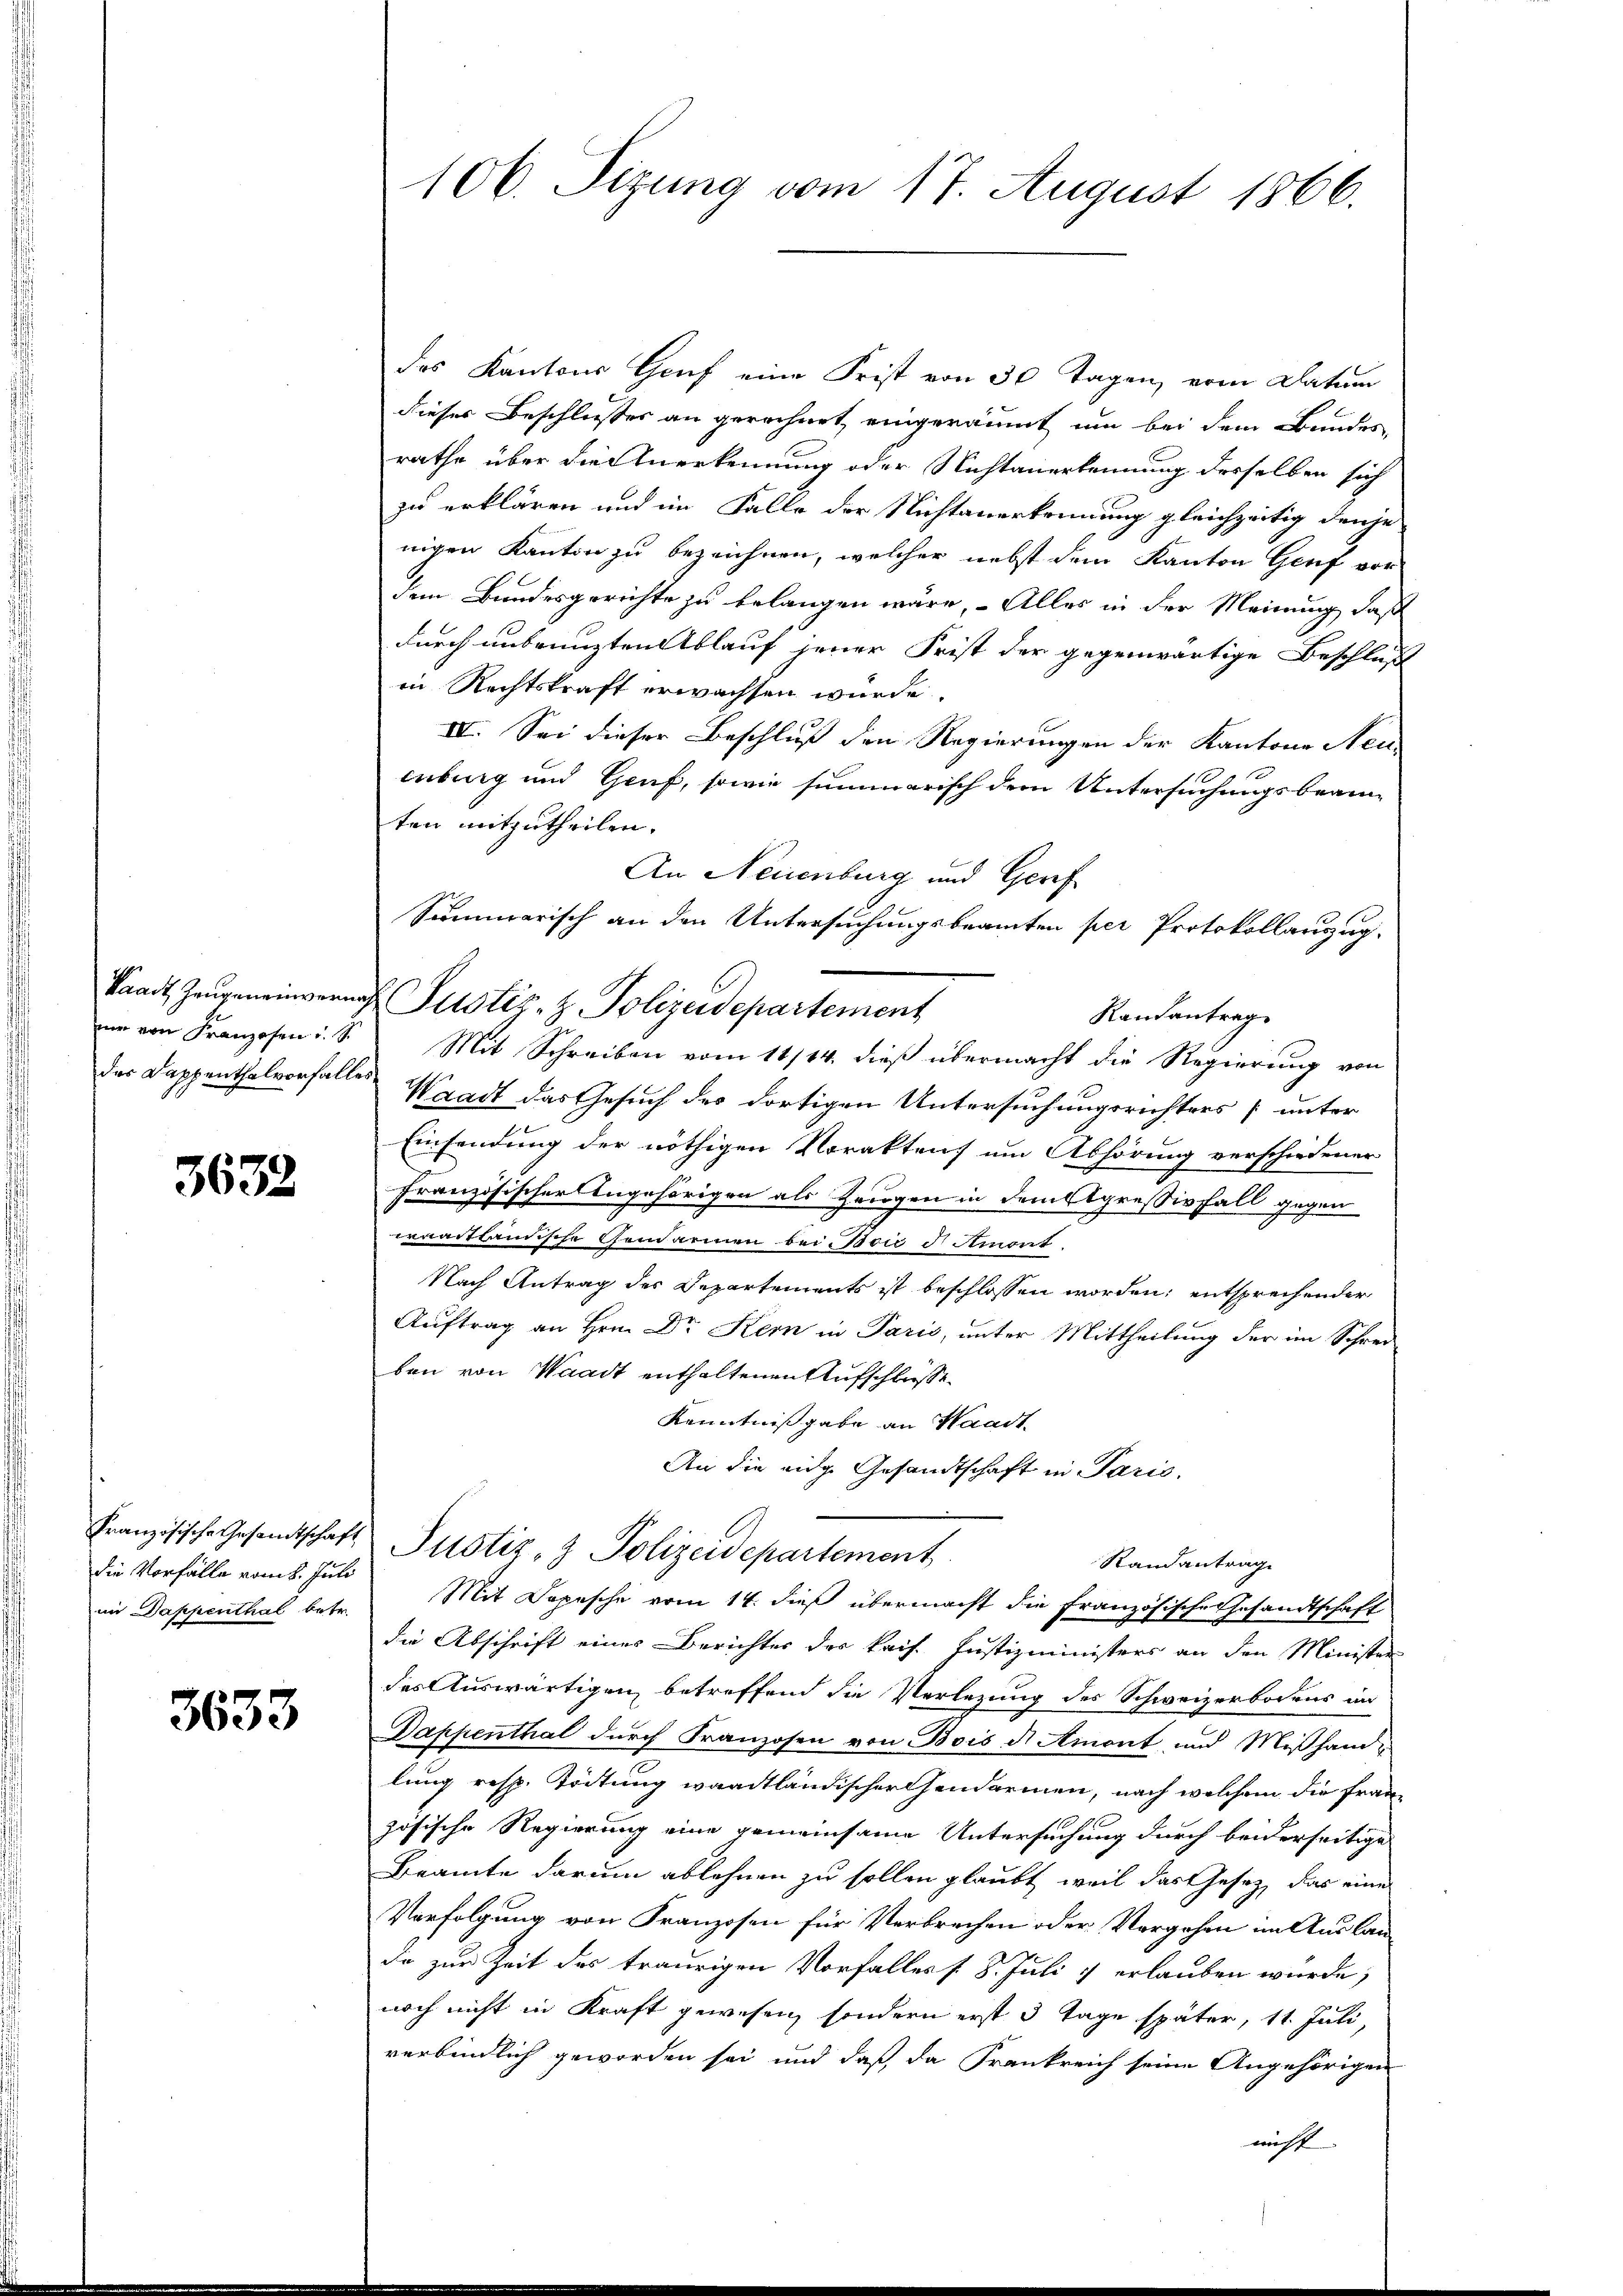
3632

die Vorfälle vom 8. Juli
in Dappenthal betr.

3633

106. Sizung vom 17. August 1866.

des Kantons Gruf eine Frist von 30 Tagen, vom Datum
dieser Beschliesses an gerechnet, eingeräumt um bei dem Bundes
rathe über die Anerkennung oder Nichtanerkennung desselben sich
zu erklären und im Falle der Nichtanerkennung gleichzeitig denje
nigen Kanton zu bezeichnen, welcher nebst dem Kanton Genf vor
dem Bundesgerichte zu belangen wäre, – Alles in der Meinung, daß
durch unbrunzten Ablauf jener Frist der gegenwärtige Beschluß
in Rechtskraft erwachsen würde.
IV. Sei dieser Beschluß den Regierungen der Kantone Neu-
enburg und Graf, sowie summarisch dem Untersuchungsbeamten mitzutheilen.
An Neuenburg und Gerf
Summarisch an den Untersuchungsbeamten per Protokollauszug.
Stadt Zeŭgeneinvernach Pustiz- & Polizeidepartement
Randantrag
nie von Franzosen i. S. Mit Schreiben vom 11/14. dieß übermacht die Regierung von
das Dappenthal vorfalles Waadt das Gesuch des dortigen Untersuchungsrichters [unter
Einsendung der nöthigen Voraktens um Abhörung verschiedener
Französischer Angehörigen als Zeugen in dem gressivfall gegen
erraitländische Gendarmen bei sie d Amont
Nach Antrag des Departements ist beschlossen worden; entsprechender
Auftrag an Hrn. Dr Kem in Paris, unter Mittheilung der im Schöne
ben von Waadt enthaltenen Aufschliesse
Kenntnißgabe an Waadt.
An die eidge Gesandtschaft in Paris,
Französische Gesandtschaft Justiz- & Polizeidepartement
Randantrag
Mit Depesche vom 14. dieß übermacht die französische Gesandtschaft
die Abschrift einer Berichter der kais. Justizministers an den Minister
des Auswärtigen, betreffend die Verlegung des Schweizerbodens in
Dappenthal durch Franzosen von Bois d. Amont, und Mißhandlung resp. Tödtung waadtländischerhendarmen, nach welchem die Französische Regierung eine gemeinsame Untersuchung durch beiderseitige
Beamte darum ablehnen zu sollen glaubt, weil das Gesetz, das eine
Verfolgung von Franzosen für Verbrechen oder Vorgehen in Auslanda zur Zeit des traurigen Vorfalles s 8. Juli & erlauben würde,
noch nicht in Kraft gewesen, sondern erst 3 Tage später, 11. Juli,
verbindlich geworden sei und daß da Frankreich seine Angehörigen
nicht